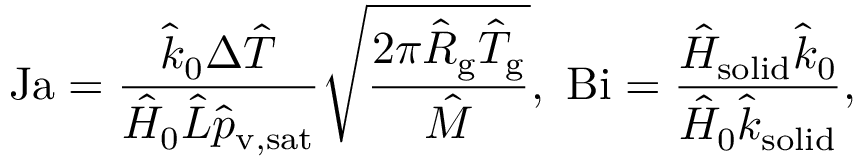
\mathrm { J a } = \frac { \hat { k } _ { 0 } \Delta \hat { T } } { \hat { H } _ { 0 } \hat { L } \hat { p } _ { \mathrm { v , s a t } } } \sqrt { \frac { 2 \pi \hat { R } _ { \mathrm { g } } \hat { T } _ { \mathrm { g } } } { \hat { M } } } , \ \mathrm { B i } = \frac { \hat { H } _ { \mathrm { s o l i d } } \hat { k } _ { 0 } } { \hat { H } _ { 0 } \hat { k } _ { \mathrm { s o l i d } } } ,